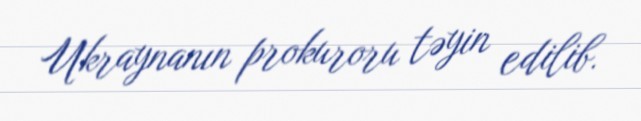
Ukraynanın prokuroru təyin edilib.